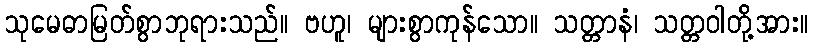
သုမေဓာမြတ်စွာဘုရားသည်။ ဗဟူ၊ များစွာကုန်သော။ သတ္တာနံ၊ သတ္တဝါတို့အား။